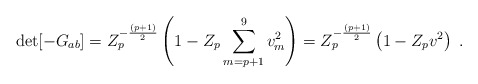
\begin{align*}\det[-G_{ab}]=Z_p^{-{(p+1)\over2}}\left(1-Z_p\sum_{m=p+1}^9 v_m^2\right)=Z_p^{-{(p+1)\over2}}\left(1-Z_pv^2\right)\ .\end{align*}